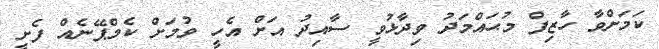
ކަމަށްވާ ހާޒިފް މުޙައްމަދު ވިދާޅުވީ ސާއިދު އަށް އެހީ ވުމަށް ކެމްޕޭނެއް ފެށީ